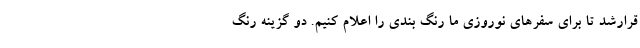
قرارشد تا برای سفرهای نوروزی ما رنگ بندی را اعلام کنیم. دو گزینه رنگ